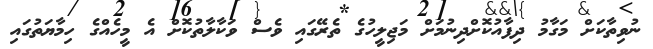
ނުވިތާކަށް މަގާމު ދިފާއުކޮށްދިނުމަށް މަޖިލީހުގެ ތެރޭގައި ވެސް ވަކާލާތުކޮށް އެ މީހެއްގެ ހިމާޔަތުގައި